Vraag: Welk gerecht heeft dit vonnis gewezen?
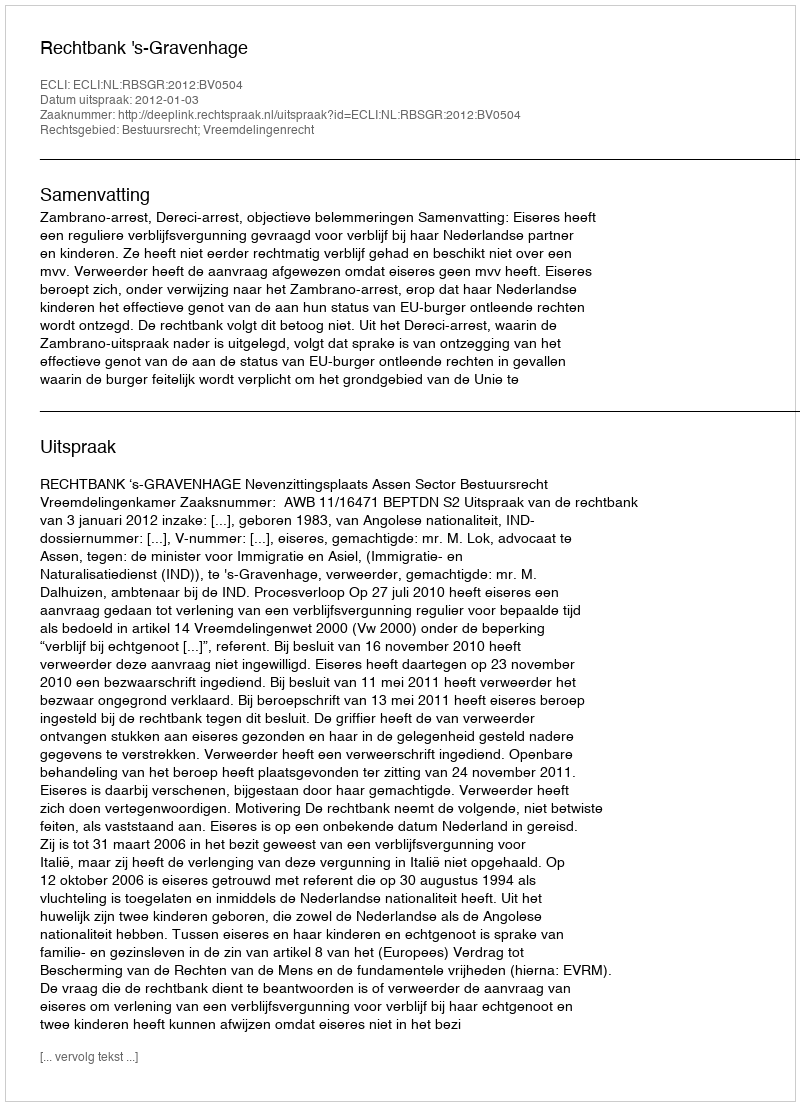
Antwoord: Rechtbank 's-Gravenhage